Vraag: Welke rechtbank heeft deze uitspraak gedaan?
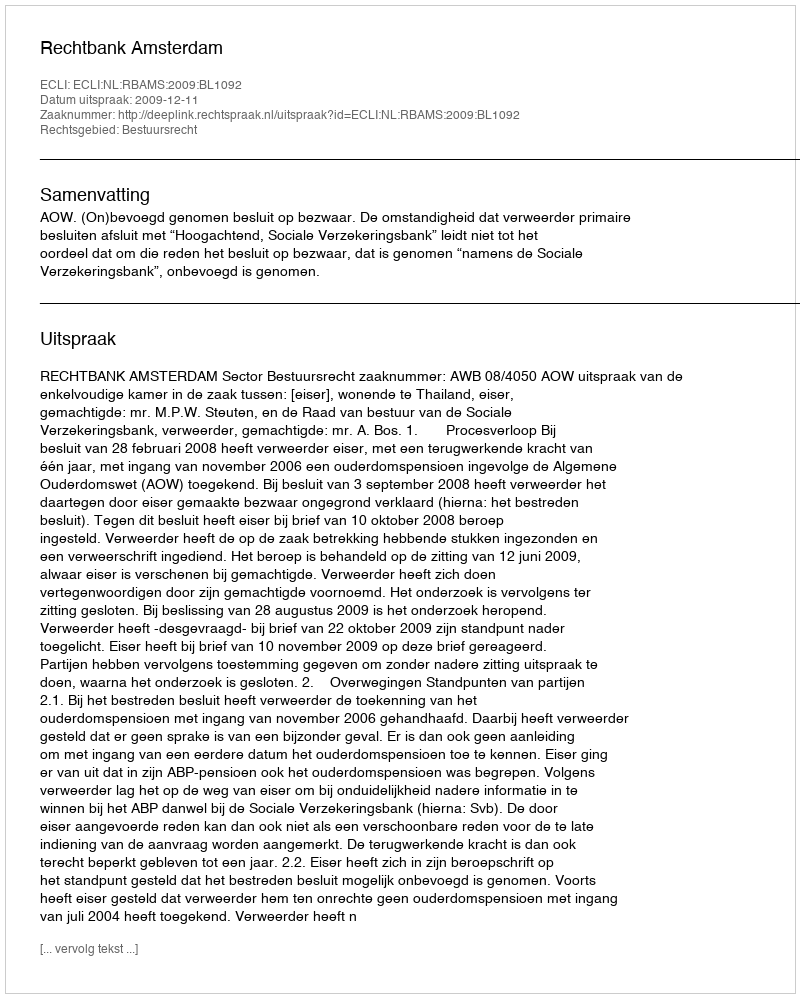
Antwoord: Rechtbank Amsterdam